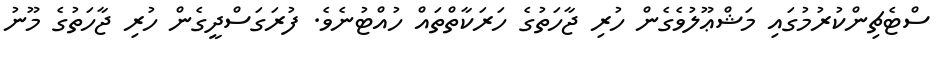
ސްޓެޗިންކުރުމުގައި މަޝްޢޫލުވެގެން ހުރި ޖާހަތުގެ ހަރަކާތްތައް ހުއްޓުނެވެ. ފުރަގަސްދީގެން ހުރި ޖާހަތުގެ މޫނު